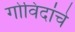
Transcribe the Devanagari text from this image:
गोविंदांचे